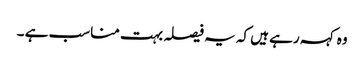
وہ کہہ رہے ہیں کہ یہ فیصلہ بہت مناسب ہے ۔